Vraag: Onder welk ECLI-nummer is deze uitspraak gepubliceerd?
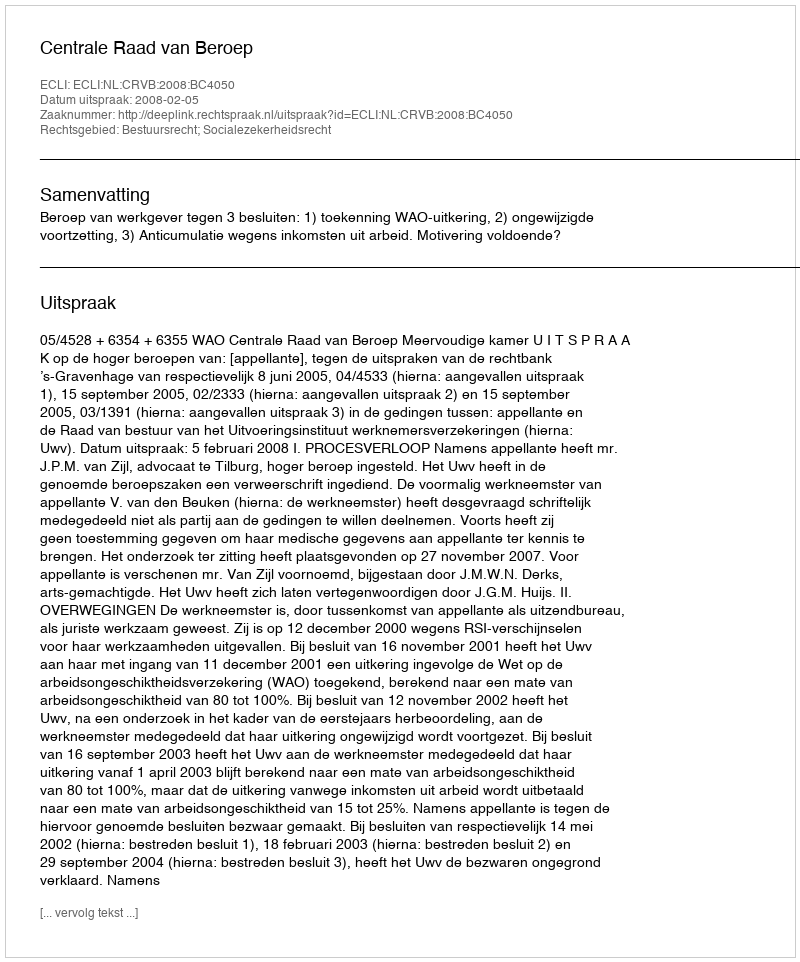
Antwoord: ECLI:NL:CRVB:2008:BC4050